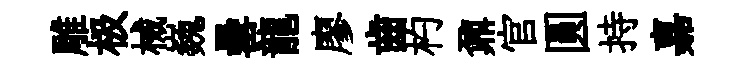
雕极械巍罍龍廖齒杓鼐官圓持嘉